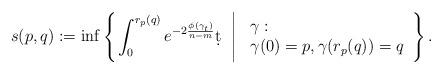
LaTeX: \begin{align*}s(p,q):=\inf\left\{\left.\int_0^{r_p(q)}e^{-2\frac{\phi(\gamma_t)}{n-m}}\d t\;\;\right|\left.\begin{array}{ll}&\!\!\!\!\gamma:\\&\!\!\!\!{\gamma}(0)=p, {\gamma}(r_p(q))=q\end{array}\right.\right\}.\end{align*}